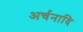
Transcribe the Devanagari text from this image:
अर्चनादि